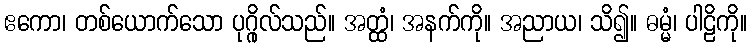
ဧကော၊ တစ်ယောက်သော ပုဂ္ဂိုလ်သည်။ အတ္ထံ၊ အနက်ကို။ အညာယ၊ သိ၍။ ဓမ္မံ၊ ပါဠိကို။